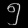
Digit: ၅